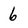
Character: 6